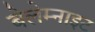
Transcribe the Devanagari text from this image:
बेलेम्नाइट